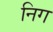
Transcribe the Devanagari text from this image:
निग